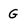
Character: G